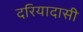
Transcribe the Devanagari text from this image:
दरियादासी